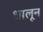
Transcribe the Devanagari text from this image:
धालून